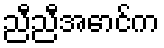
ညီညီအောင်က